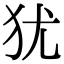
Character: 犹